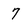
Character: 7